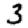
Digit: 3